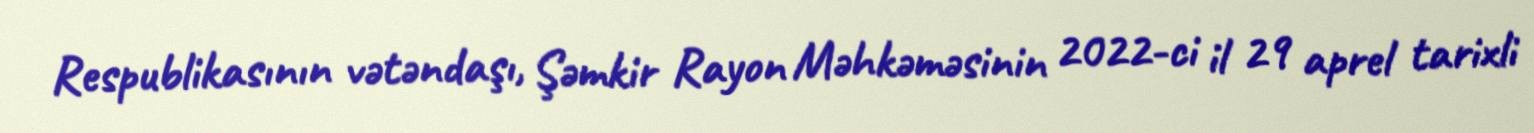
Respublikasının vətəndaşı, Şəmkir Rayon Məhkəməsinin 2022-ci il 29 aprel tarixli